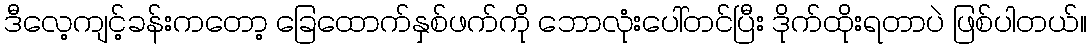
ဒီလေ့ကျင့်ခန်းကတော့ ခြေထောက်နှစ်ဖက်ကို ဘောလုံးပေါ်တင်ပြီး ဒိုက်ထိုးရတာပဲ ဖြစ်ပါတယ်။